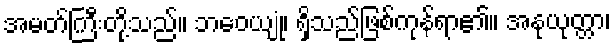
အမတ်ကြီးတို့သည်။ ဘဝေယျုံ၊ ရှိသည်ဖြစ်ကုန်ရာ၏။ အနုယုတ္တာ၊